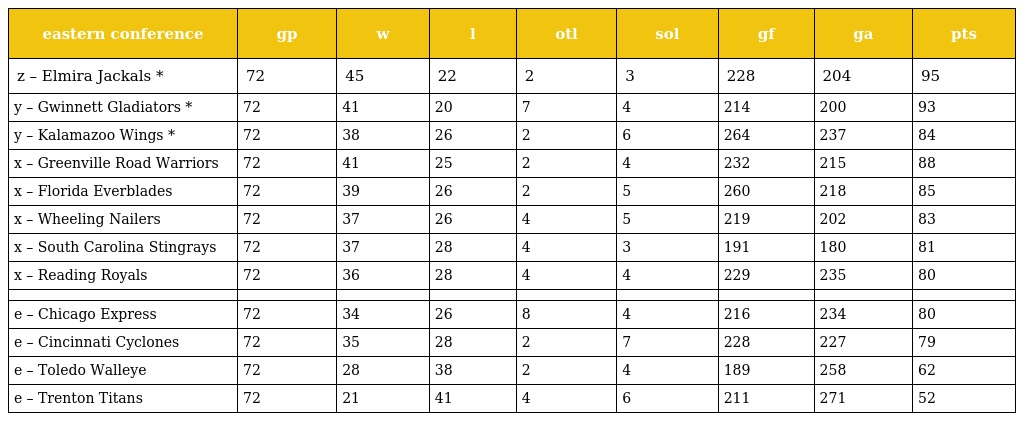
| eastern conference | gp | w | l | otl | sol | gf | ga | pts |
 | --- | --- | --- | --- | --- | --- | --- | --- | --- |
 | z – Elmira Jackals * | 72 | 45 | 22 | 2 | 3 | 228 | 204 | 95 |
 | y – Gwinnett Gladiators * | 72 | 41 | 20 | 7 | 4 | 214 | 200 | 93 |
 | y – Kalamazoo Wings * | 72 | 38 | 26 | 2 | 6 | 264 | 237 | 84 |
 | x – Greenville Road Warriors | 72 | 41 | 25 | 2 | 4 | 232 | 215 | 88 |
 | x – Florida Everblades | 72 | 39 | 26 | 2 | 5 | 260 | 218 | 85 |
 | x – Wheeling Nailers | 72 | 37 | 26 | 4 | 5 | 219 | 202 | 83 |
 | x – South Carolina Stingrays | 72 | 37 | 28 | 4 | 3 | 191 | 180 | 81 |
 | x – Reading Royals | 72 | 36 | 28 | 4 | 4 | 229 | 235 | 80 |
 |  |  |  |  |  |  |  |  |  |
 | e – Chicago Express | 72 | 34 | 26 | 8 | 4 | 216 | 234 | 80 |
 | e – Cincinnati Cyclones | 72 | 35 | 28 | 2 | 7 | 228 | 227 | 79 |
 | e – Toledo Walleye | 72 | 28 | 38 | 2 | 4 | 189 | 258 | 62 |
 | e – Trenton Titans | 72 | 21 | 41 | 4 | 6 | 211 | 271 | 52 |